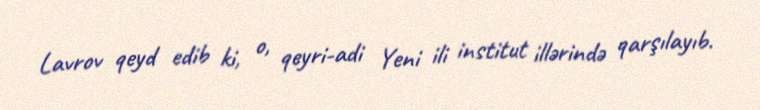
Lavrov qeyd edib ki, o, qeyri-adi Yeni ili institut illərində qarşılayıb.